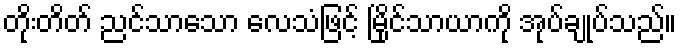
တိုးတိတ် ညင်သာသော လေသံဖြင့် မြိုင်သာယာကို အုပ်ချုပ်သည်။